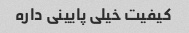
کیفیت خیلی پایینی داره